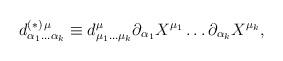
LaTeX: \begin{align*}d^{(\ast) \, \mu}_{\alpha_{1} \ldots \alpha_{k}} \equiv d^{\mu}_{\mu_{1} \ldots\mu_{k}} \partial_{\alpha_{1}} X^{\mu_{1}} \ldots \partial_{\alpha_{k}}X^{\mu_{k}} , \end{align*}